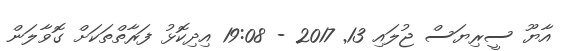
އާޔޫ ސީރިޔަސް ޖުލައި 13